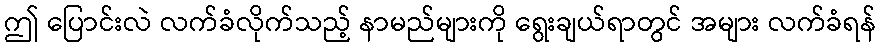
ဤ ပြောင်းလဲ လက်ခံလိုက်သည့် နာမည်များကို ရွေးချယ်ရာတွင် အများ လက်ခံရန်